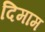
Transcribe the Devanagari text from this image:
दिमाम